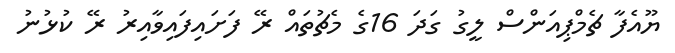
ޔޫއެފާ ޗެމްޕިއަންސް ލީގު ގަދަ 16ގެ މެޗުތައް ރޭ ފަށައިފައިވާއިރު ރޭ ކުޅުނު